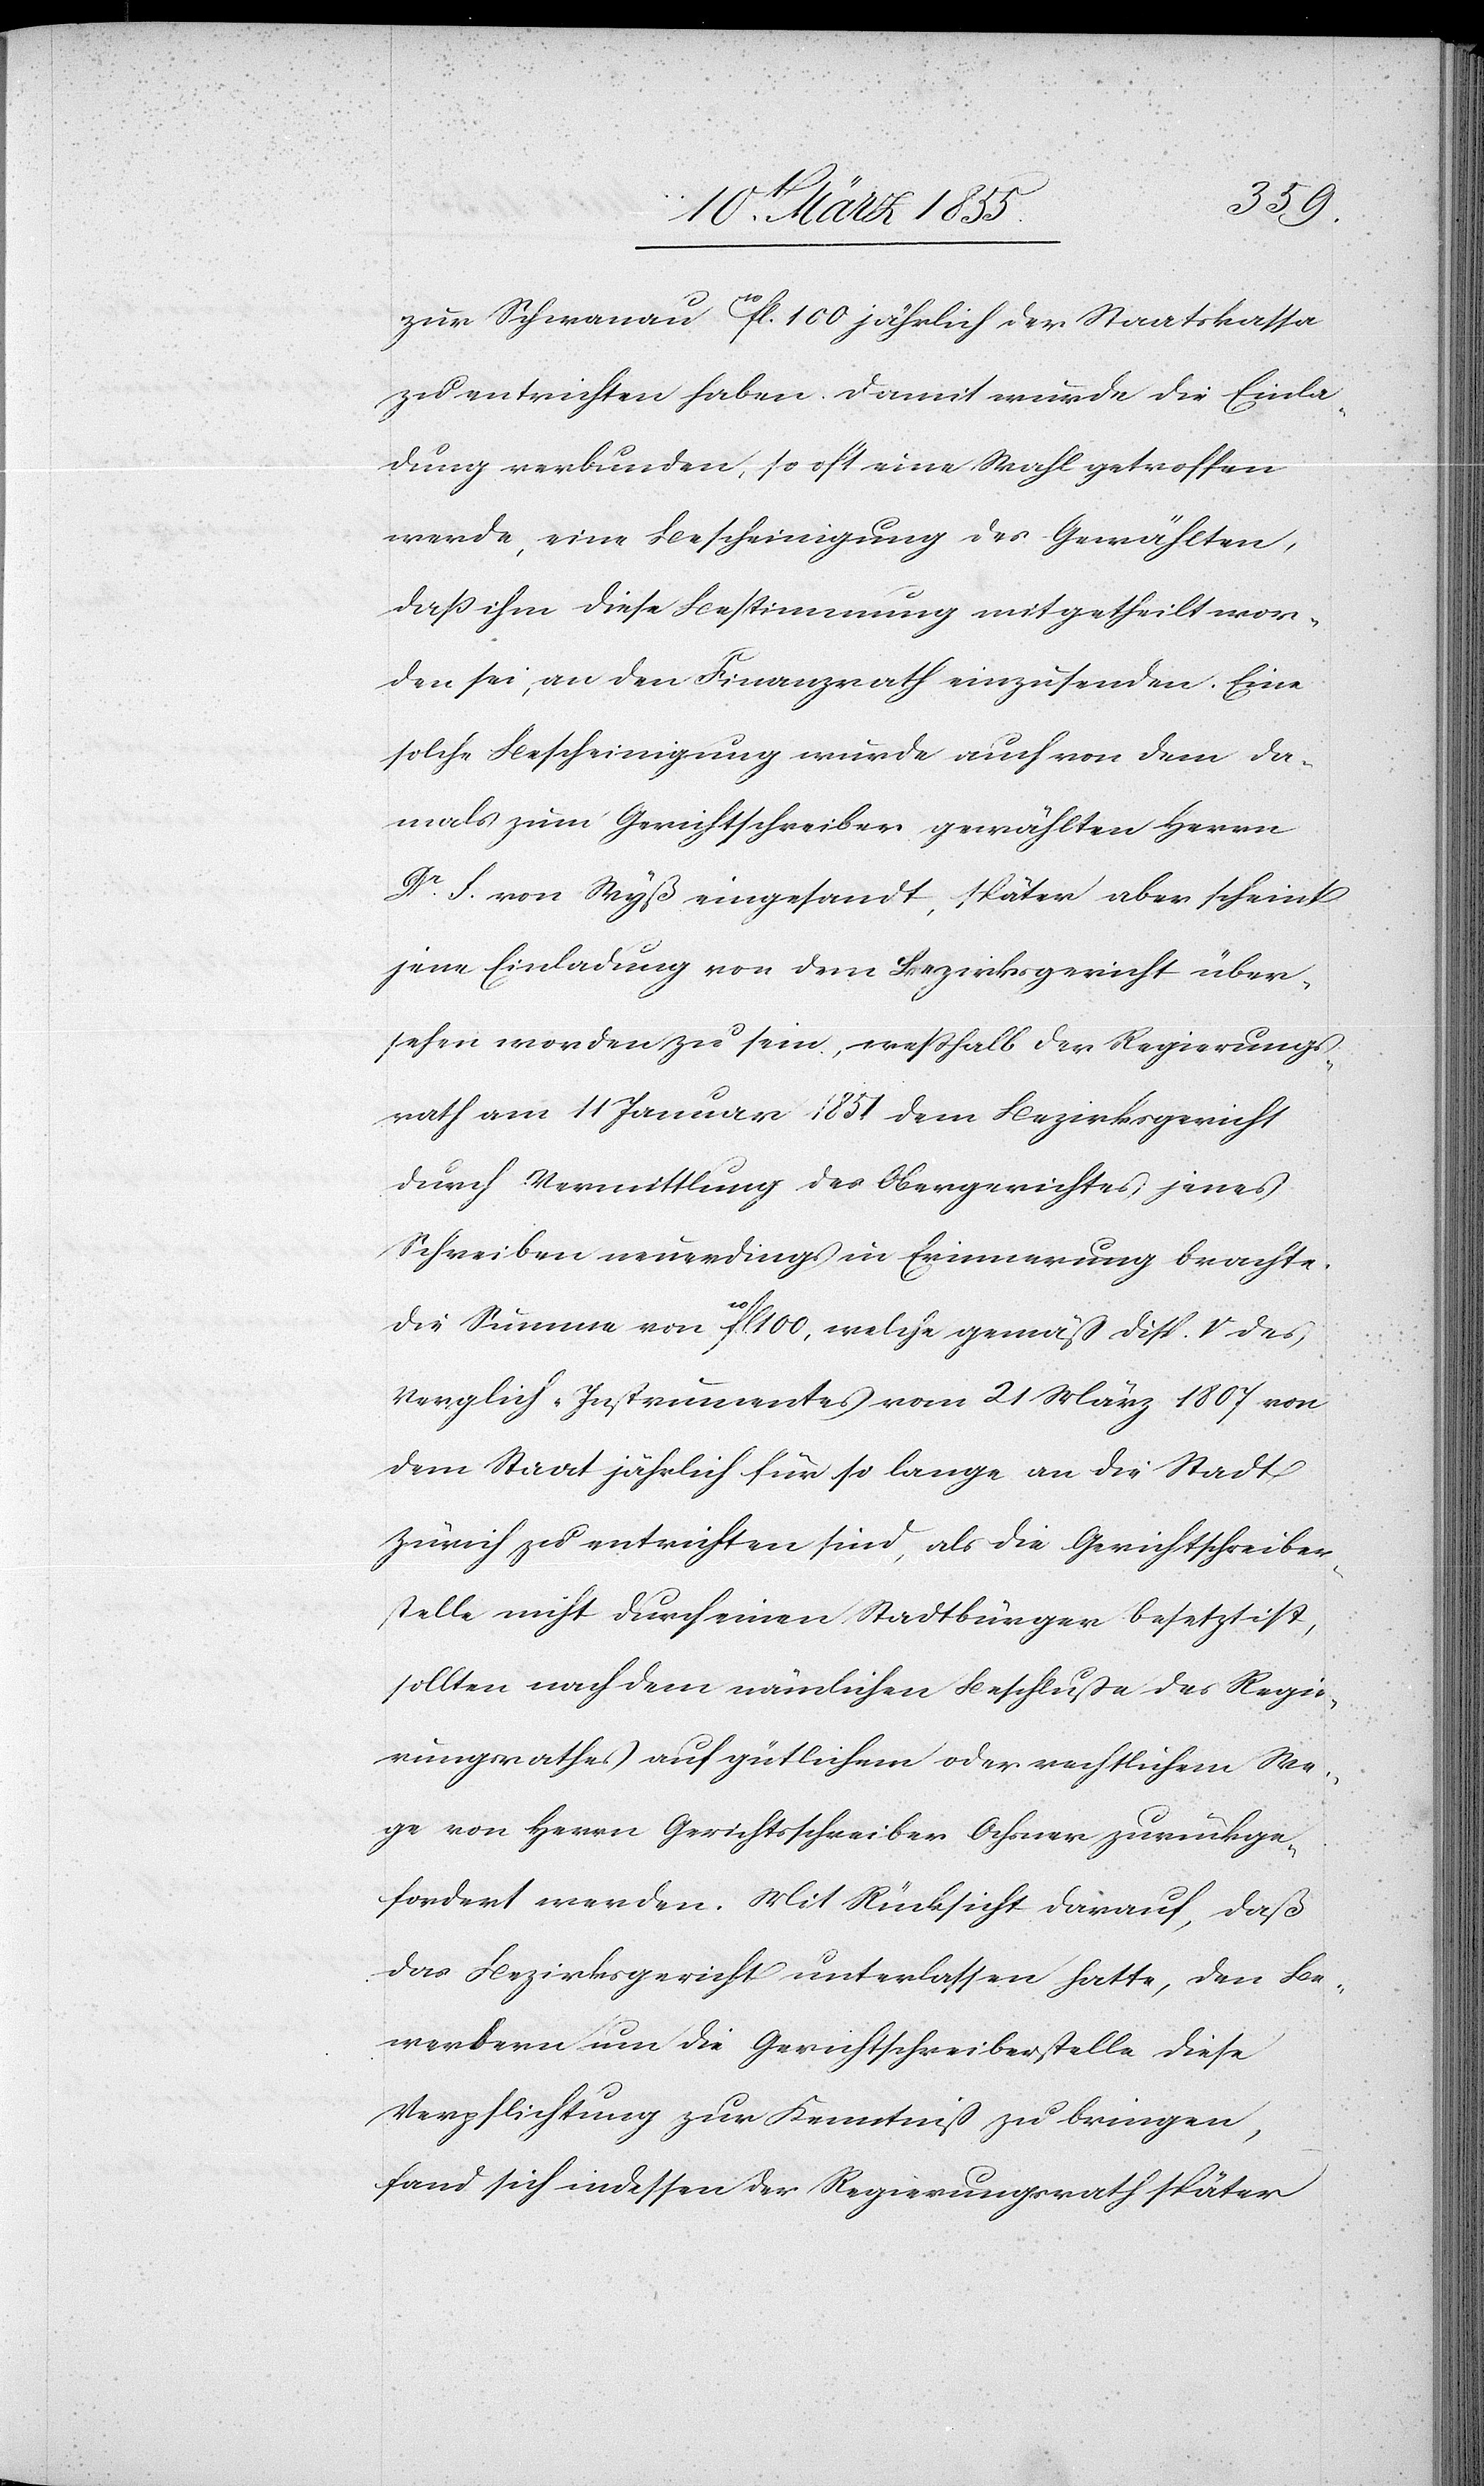
zur Schwanau 10fl. 100 jährlich der Staatskassa
zu entrichten haben. Damit wurde die Einla¬
dung verbunden, so oft eine Wahl getroffen
werde, eine Bescheinigung des Gewählten,
daß ihm diese Bestimmung mitgetheilt wor¬
den sei, an den Finanzrath einzusenden. Eine
solche Bescheinigung wurde auch von dem da¬
mals zum Gerichtschreiber gewählten Herrn
Dr. F. von Wyß eingesandt, später aber scheint
jene Einladung von dem Bezirksgericht über¬
sehen worden zu sein, weßhalb der Regierungs¬
rath am 11 Januar 1851 dem Bezirksgericht
durch Vermittlung des Obergerichtes jenes
Schreiben neuerdings in Erinnerung brachte.
Die Summe von 10fl. 100, welche gemäß Disp. V des
Verglich-Instrumentes vom 21 März 1807 von
dem Staat jährlich für so lange an die Stadt
Zürich zu entrichten sind, als die Gerichtschreiber¬
stelle nicht durch einen Stadtbürger besetzt ist,
sollten nach dem nämlichen Beschluße des Regie¬
rungsrathes auf gütlichem oder rechtlichem We¬
ge von Herrn Gerichtsschreiber Ochsner zurückge¬
fordert werden. Mit Rücksicht darauf, daß
das Bezirksgericht unterlassen hatte, den Be¬
werbern um die Gerichtschreiberstelle diese
Verpflichtung zur Kenntniß zu bringen,
fand sich indessen der Regierungsrath später